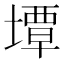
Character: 墰